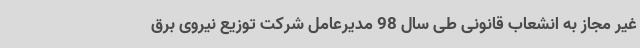
غیر مجاز به انشعاب قانونی طی سال 98 مدیرعامل شرکت توزیع نیروی برق